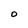
Character: O